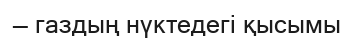
— газдың нүктедегі қысымы